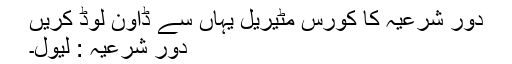
دور شرعیہ کا کورس مٹیریل یہاں سے ڈاون لوڈ کریں
دور شرعیہ : لیول۔